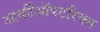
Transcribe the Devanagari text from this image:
आर्कीऑपटरिक्स